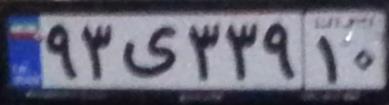
۹۳ی۳۳۹۱۰